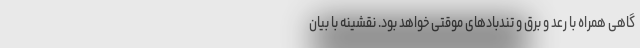
گاهی همراه با رعد و برق و تندباد‌های موقتی خواهد بود. نقشینه با بیان